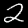
Label: 2